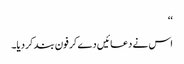
‘‘
اس نے دعائیں دے کر فون بند کر دیا۔